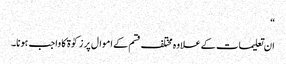
“
ان تعلیمات کے علاوہ مختلف قسم کے اموال پر زکوٰة کا واجب ہونا۔